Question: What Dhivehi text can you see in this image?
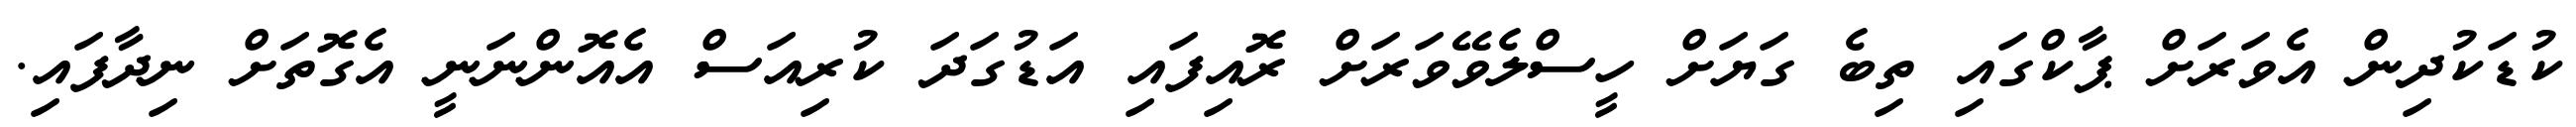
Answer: ކުޑަކުދިން އެވަރަށް ޕާކްގައި ތިބެ ގަޔަށް ހީސްލެވޭވަރަށް ރޮއިފައި އަޑުގަދަ ކުރިއަސް އެއޮންނަނީ އެގޮތަށް ނިދާފައި.